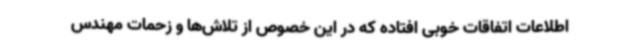
اطلاعات اتفاقات خوبی افتاده که در این خصوص از تلاش‌ها و زحمات مهندس